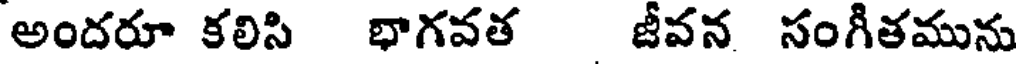
అందరూ కలిసి భాగవత జీవన సంగీతమును